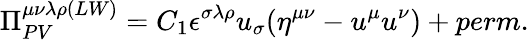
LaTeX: \Pi_{PV}^{\mu\nu\lambda\rho(LW)}=C_{1}\epsilon^{\sigma\lambda\rho}u_{\sigma}(\eta^{\mu\nu}-u^{\mu}u^{\nu})+perm.